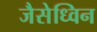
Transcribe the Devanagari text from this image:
जैसेध्विन